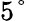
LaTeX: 5\textdegree